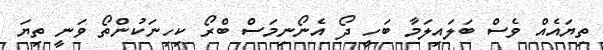
ތިޔައެއް ވެސް ބަލައިލަމާ ބަހީ ދޯ އެނޯނިމަސް ބްރޯ ކިހިނަކުންތޯ ވަނީ ތިޔަ